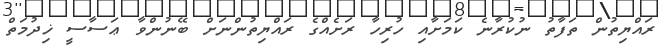
ރައްޔިތުން ތަފާތު ނުކުރާނެ ކަމަށާއި ހުރިހާ ރަށެއްގެ ރައްޔިތުންނަށް ބޭނުންވާ ޢަސާސީ ޚިދުމަތް